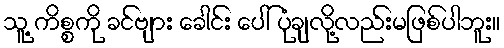
သူ့ ကိစ္စကို ခင်ဗျား ခေါင်း ပေါ် ပုံချလို့လည်းမဖြစ်ပါဘူး။